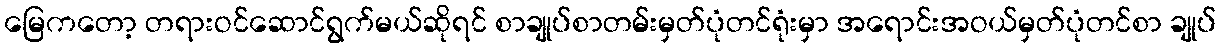
မြေကတော့ တရားဝင်ဆောင်ရွက်မယ်ဆိုရင် စာချုပ်စာတမ်းမှတ်ပုံတင်ရုံးမှာ အရောင်းအဝယ်မှတ်ပုံတင်စာ ချုပ်